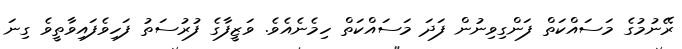
ރޭނުމުގެ މަސައްކަތް ފަންގިވިނުން ފަދަ މަސައްކަތް ހިމެނެއެވެ. ވަޒީފާގެ ފުރުސަތު ފަހިވެފައިވާތީވެ ގިނަ